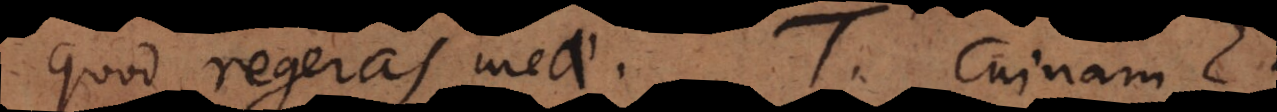
quod regeras meae. T. Cuinam? M.